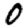
Digit: 0